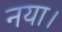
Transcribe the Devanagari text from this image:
नया।